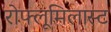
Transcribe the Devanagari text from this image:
रोफ्लूमिलास्ट